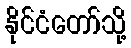
နိုင်ငံတော်သို့